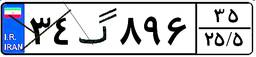
۵۲گ۷۵۲۸۷